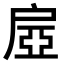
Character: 𢩔